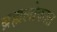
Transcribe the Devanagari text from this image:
ब्रह्मलोकात